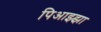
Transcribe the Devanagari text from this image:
पिआझ्झा